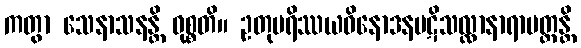
ကတွာ သေနာသနန္တိ ဝုစ္စတိ။ ဥတုပရိဿယဝိနောဒနပဋိသလ္လာနာရာမတ္ထန္တိ